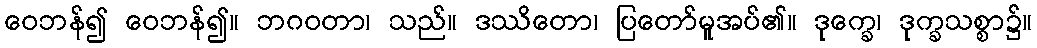
ဝေဘန်၍ ဝေဘန်၍။ ဘဂဝတာ၊ သည်။ ဒဿိတော၊ ပြတော်မူအပ်၏။ ဒုက္ခေ၊ ဒုက္ခသစ္စာ၌။